Plague in India, 1896, 1897 - Volume 2
Year: 1896
Disease focus: Plague
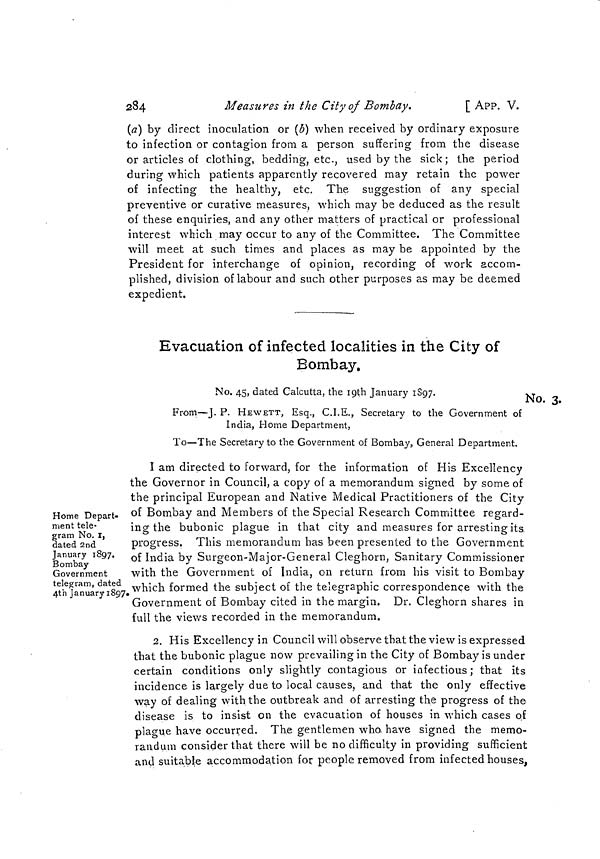
284
Measiires in the City of Bombay.
[App. V.
(a) by direct inoculation or (b) when received by ordinary exposure
to infection or contagion from a person suffering from the disease
or articles of clothing, bedding, etc., used by the sick; the period
during which patients apparently recovered may retain the power
of infecting the healthy, etc. The suggestion of any special
preventive or curative measures, which may be deduced as the result
of these enquiries, and any other matters of practical or professional
interest which may occur to any of the Committee. The Committee
will meet at such times and places as may be appointed by the
President for interchange of opinion, recording of work accom-
plished, division of labour and such other purposes as may be deemed
expedient.
Evacuation of infected localities in the City of
Bombay.
No. 3.
No. 45, dated Calcutta, the igth January 1897.
From—J. P. HEWETT, Esq., C.I.E., Secretary to the Government of
India, Home Department,
To—The Secretary to the Government of Bombay, General Department.
Home Depart-
ment tele-
gram No. I,
dated 2nd
January 1897.
Bombay
Government
telegram, dated
4th January 1897»
I am directed to forward, for the information of His Excellency
the Governor in Council, a copy of a memorandum signed by some of
the principal European and Native Medical Practitioners of the City
of Bombay and Members of the Special Research Committee regard-
ing the bubonic plague in that city and measures for arresting its
progress. This memorandum has been presented to the Government
of India by Surgeon-Major-General Cleghorn, Sanitary Commissioner
with the Government of India, on return from his visit to Bombay
which formed the subject of the telegraphic correspondence with the
Government of Bombay cited in the margin. Dr. Cleghorn shares in
full the views recorded in the memorandum.
2. His Excellency in Council will observe that the view is expressed
that the bubonic plague now prevailing in the City of Bombay is under
certain conditions only slightly contagious or infectious ; that its
incidence is largely due to local causes, and that the only effective
way of dealing with the outbreak and of arresting the progress of the
disease is to insist on the evacuation of houses in which cases of
plague have occurred. The gentlemen who. have signed the memo-
randum consider that there will be no difficulty in providing sufficient
and suitable accommodation for people removed from infected houses,